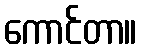
ကောင်တာ။